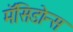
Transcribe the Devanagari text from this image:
मॅसिडोन्स